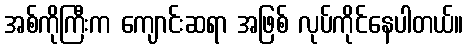
အစ်ကိုကြီးက ကျောင်းဆရာ အဖြစ် လုပ်ကိုင်နေပါတယ်။